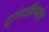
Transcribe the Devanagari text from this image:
ट्रांसक्रिप्शंस